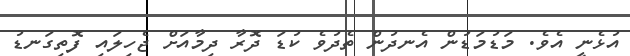
އުޅެނީ އެވެ. މަޑުމަޑުން އެނދުން ތެދުވެ ކުޑަ ދޮރާ ދިމާއަށް ޖެހިލައި ފޮތިގަނޑު